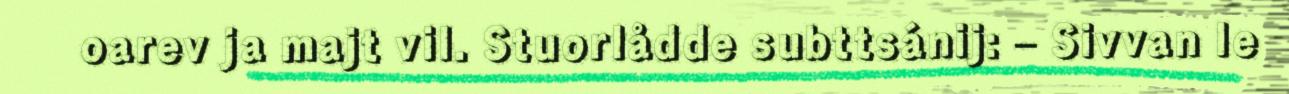
oarev ja majt vil. Stuorlådde subttsánij: – Sivvan le